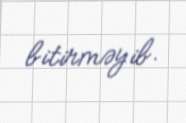
bitirməyib.